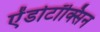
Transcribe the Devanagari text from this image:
ऐंडोटॉक्सिन